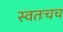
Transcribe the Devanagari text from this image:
स्वतःचच